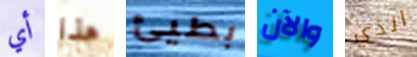
أي هذا بطيئ والآن الذي